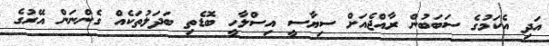
އަދި އެކަމުގެ ސަބަބުން ރާއްޖެއަށް ސިޔާސީ އިސްލާހީ ބޮޑެތި ބަދަލުތަކެއް ގެންނަން އޭރުގެ